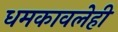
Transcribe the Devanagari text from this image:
धमकावलेही